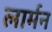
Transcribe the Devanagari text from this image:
लार्मन